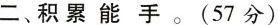
二、积累能手。（57分）